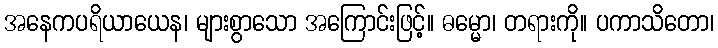
အနေကပရိယာယေန၊ များစွာသော အကြောင်းဖြင့်။ ဓမ္မော၊ တရားကို။ ပကာသိတော၊